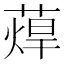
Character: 蔊